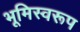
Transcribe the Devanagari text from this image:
भूमिस्वरूप